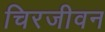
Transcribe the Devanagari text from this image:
चिरजीवन